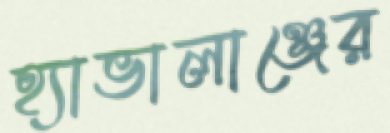
হ্যাভালাঞ্জের